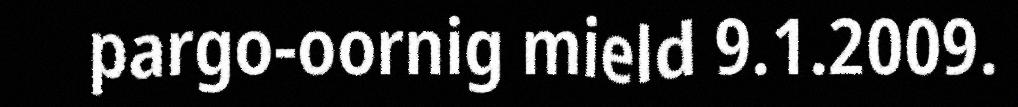
pargo-oornig mield 9.1.2009.